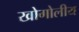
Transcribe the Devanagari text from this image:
खोगोलीय